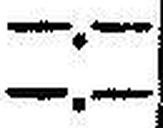
—.—